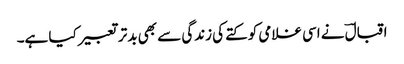
اقبالؔ نے اسی غلامی کو کتے کی زندگی سے بھی بدتر تعبیر کیا ہے۔